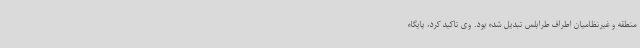
منطقه و غیرنظامیان اطراف طرابلس تبدیل شده بود. وی تاکید کرد، پایگاه